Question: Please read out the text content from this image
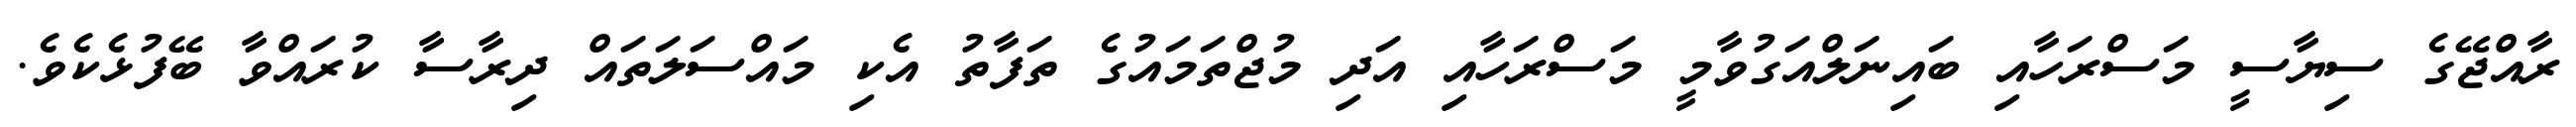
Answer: ރާއްޖޭގެ ސިޔާސީ މަސްރަހާއި ބައިނަލްއަގުވާމީ މަސްރަހާއި އަދި މުޖްތަމައުގެ ތަފާތު އެކި މައްސަލަތައް ދިރާސާ ކުރައްވާ ބޭފުޅެކެވެ.